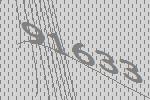
91633